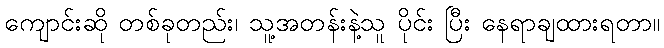
ကျောင်းဆို တစ်ခုတည်း၊ သူ့အတန်းနဲ့သူ ပိုင်း ပြီး နေရာချထားရတာ။